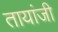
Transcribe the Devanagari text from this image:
तायांजी